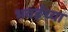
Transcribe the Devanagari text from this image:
भवईच्या